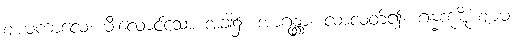
ဈာမကာလေ၊ မီးလောင်သော အခါ၌။ အာဂန္တွာ၊ လာလတ်၍။ ဂန္ဓကုဋိံ ဈာမံ၊